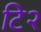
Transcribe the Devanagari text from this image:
टि२